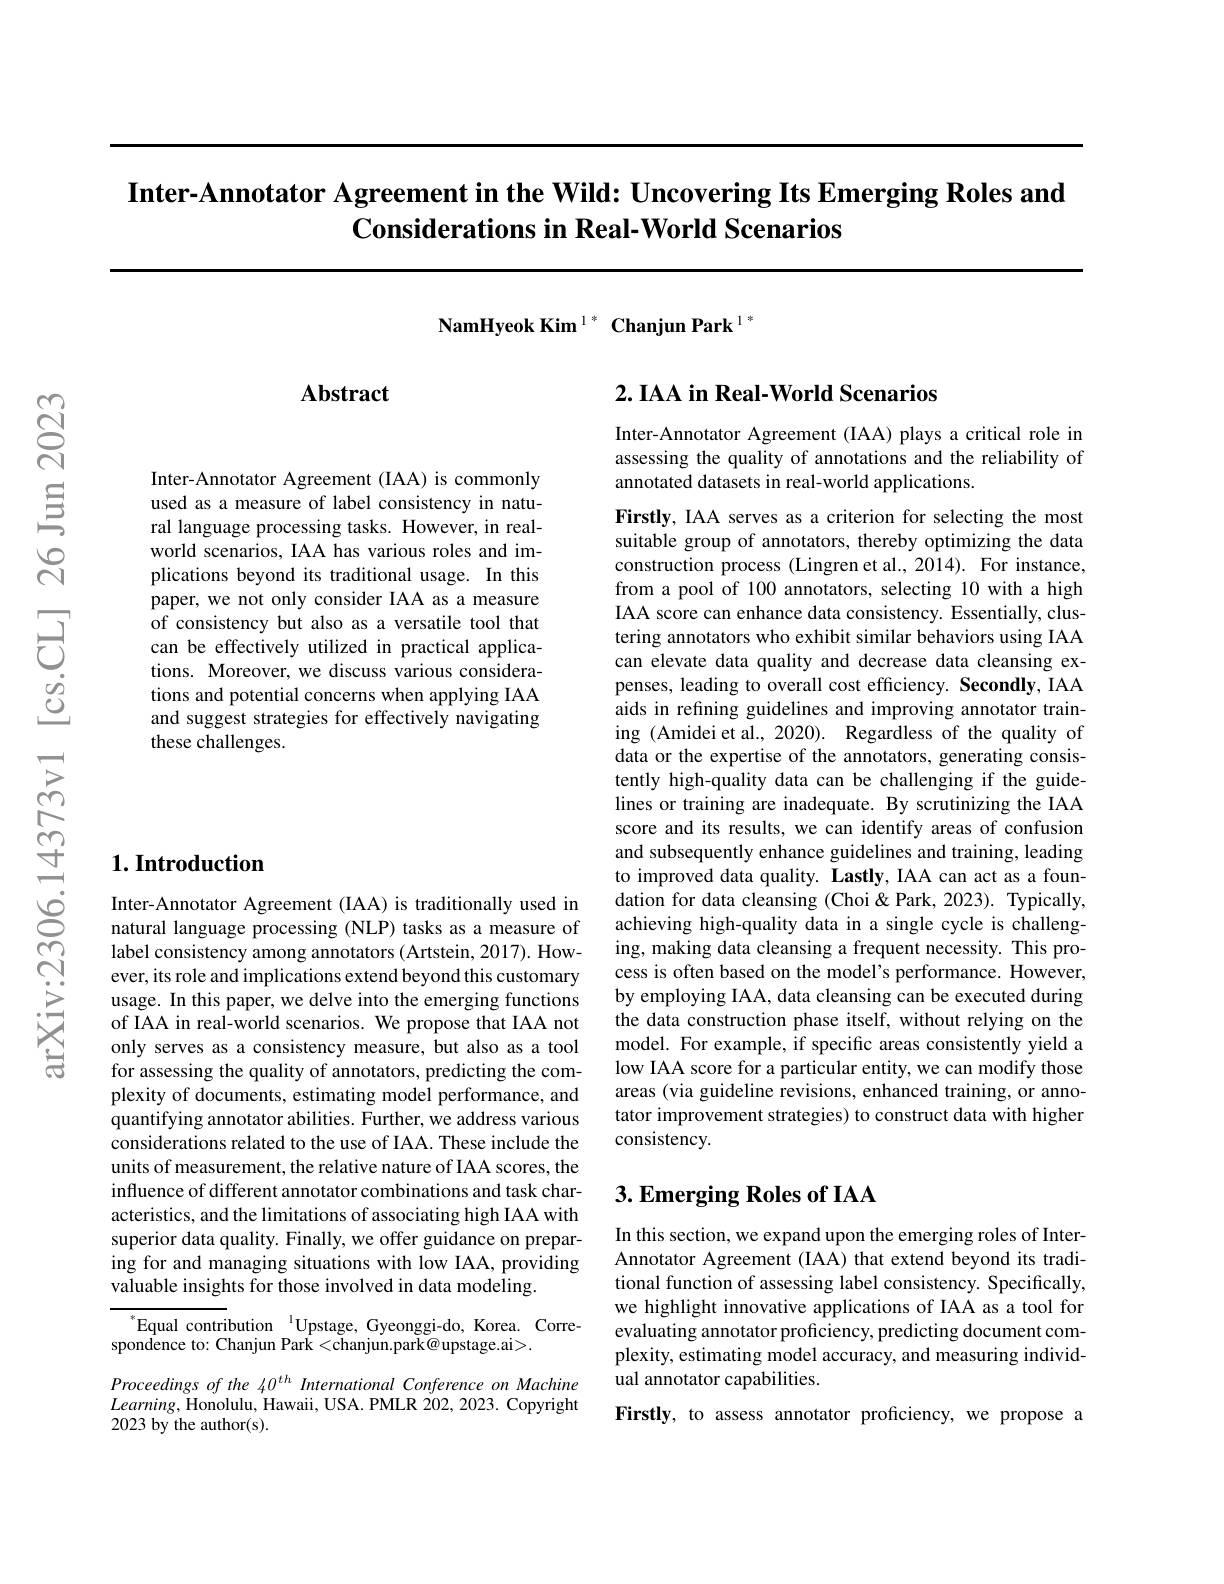
# Inter-Annotator Agreement in the Wild: Uncovering Its Emerging Roles and Considerations in Real-World Scenarios

NamHyeok Kim $^{1*}$ Chanjun Park$^{1*}$

## Abstract

Inter- Annotator Agreement (IAA) is commonly used as a measure of label consistency in natural language processing tasks. However, in realworld scenarios, IAA has various roles and implications beyond its traditional usage. In this paper, we not only consider IAA as a measure of consistency but also as a versatile tool that can be effectively utilized in practical applications. Moreover, we discuss various considerations and potential concerns when applying IAA and suggest strategies for effectively navigating these challenges.

## $1. \textbf{Introduction}$

Inter-Annotator Agreement (IAA) is traditionally used in natural language processing (NLP) tasks as a measure of label consistency among annotators (Artstein, 2017). However, its role and implications extend beyond this customary usage. In this paper, we delve into the emerging functions of IAA in real-world scenarios. We propose that IAA not only serves as a consistency measure, but also as a tool for assessing the quality of annotators, predicting the complexity of documents, estimating model performance, and quantifying annotator abilities. Further, we address various considerations related to the use of IAA. These include the units of measurement, the relative nature of IAA scores, the influence of different annotator combinations and task characteristics, and the limitations of associating high IAA with superior data quality. Finally, we offer guidance on preparing for and managing situations with low IAA, providing valuable insights for those involved in data modeling.

$^{*}$Equal contribution$^{\text{l}}$Upstage, Gyeonggi-do, Korea. Corre-
spondence to: Chanjun Park <chanjun.park@ upstage.ai>.

Proceedings of the 40$th$ International Conference on Machine $Learning$,Honolulu, Hawaii, USA. PMLR 202, 2023. Copyright 2023 by the author(s).

## $2. \textbf{IAA in Real- World Scenarios}$

Inter-Annotator Agreement (IAA) plays a critical role in assessing the quality of annotations and the reliability of annotated datasets in real-world applications.

Firstly, IAA serves as a criterion for selecting the most suitable group of annotators, thereby optimizing the data construction process (Lingren et al., 2014). For instance, from a pool of 100 annotators, selecting 10 with a high IAA score can enhance data consistency. Essentially, clustering annotators who exhibit similar behaviors using IAA can elevate data quality and decrease data cleansing expenses, leading to overall cost efficiency. Secondly, IAA aids in refining guidelines and improving annotator training (Amidei et al., 2020). Regardless of the quality of data or the expertise of the annotators, generating consistently high-quality data can be challenging if the guidelines or training are inadequate. By scrutinizing the IAA score and its results, we can identify areas of confusion and subsequently enhance guidelines and training, leading to improved data quality. Lastly, IAA can act as a foundation for data cleansing (Choi &Park, 2023). Typically, achieving high-quality data in a single cycle is challenging, making data cleansing a frequent necessity. This process is often based on the model's performance. However, by employing IAA, data cleansing can be executed during the data construction phase itself, without relying on the model. For example, if specific areas consistently yield a low IAA score for a particular entity, we can modify those areas (via guideline revisions, enhanced training, or annotator improvement strategies) to construct data with higher consistency.

### $3. \textbf{Emerging Roles of IAA}$

In this section, we expand upon the emerging roles of InterAnnotator Agreement (IAA) that extend beyond its traditional function of assessing label consistency. Specifically, we highlight innovative applications of IAA as a tool for evaluating annotator proficiency, predicting document complexity, estimating model accuracy, and measuring individual annotator capabilities.
Firstly, to assess annotator proficiency, we propose a